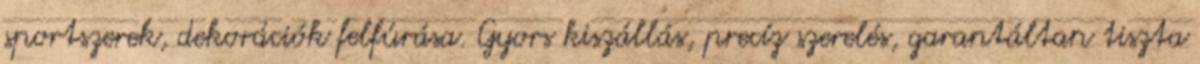
sportszerek, dekorációk felfúrása. Gyors kiszállás, precíz szerelés, garantáltan tiszta